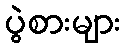
ပွဲစားများ